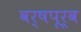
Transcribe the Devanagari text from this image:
वर्षपूर्व